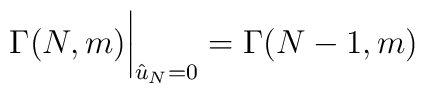
\Gamma(N,m) \bigg\vert_{{\hat u}_N=0} = \Gamma(N-1,m)